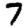
Digit: 7